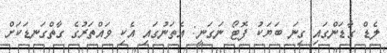
ލެޑް ގާޑަންގައި ގިނަ ބަޔަކު ފޮޓޯ ނަގަނީ: އެތަނުގައި އެކި ވައްތަރުގެ ގާތްގަނޑަކަށް